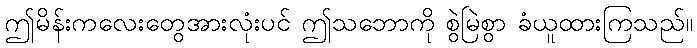
ဤမိန်းကလေးတွေအားလုံးပင် ဤသဘောကို စွဲမြဲစွာ ခံယူထားကြသည်။